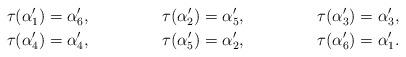
LaTeX: \begin{align*}\tau(\alpha'_1) &= \alpha'_6,&\tau(\alpha'_2) &= \alpha'_5,&\tau(\alpha'_3) &= \alpha'_3,\\\tau(\alpha'_4) &= \alpha'_4,&\tau(\alpha'_5) &= \alpha'_2,&\tau(\alpha'_6) &= \alpha'_1.\end{align*}